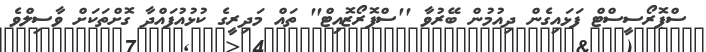
ސްޕޮރޯސީސްޓް ފަޅައިގެން ދިއުމުން ބޭރުވާ ''ސްޕޮރޯޒޮއިޓް'' ތައް މަދިރީގެ ކުޅުއުފައްދާ ގޮށްތަކަށް ވާސިލްވެ